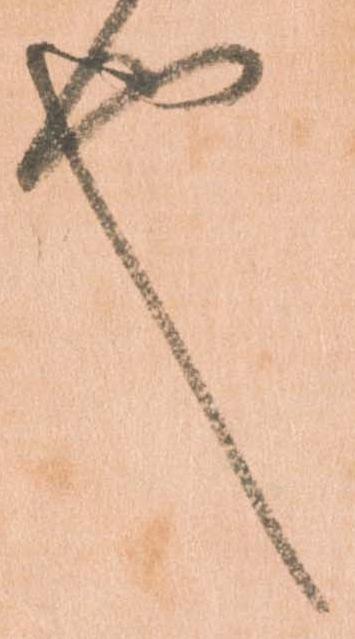
也